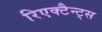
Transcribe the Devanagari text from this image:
रिएक्टैन्ट्स